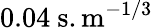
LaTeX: \mathrm{0.04~s.m^{-1/3}}